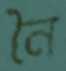
নৈ